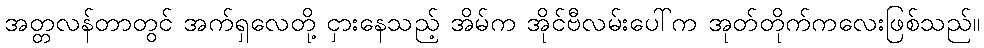
အတ္တလန်တာတွင် အက်ရှလေတို့ ငှားနေသည့် အိမ်က အိုင်ဗီလမ်းပေါ်က အုတ်တိုက်ကလေးဖြစ်သည်။